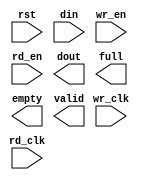
module WR_FLASH_PRE_FIFO(
  rst,
  wr_clk,
  rd_clk,
  din,
  wr_en,
  rd_en,
  dout,
  full,
  empty,
  valid
);

input rst;
input wr_clk;
input rd_clk;
input [255 : 0] din;
input wr_en;
input rd_en;
output [63 : 0] dout;
output full;
output empty;
output valid;

// synthesis translate_off

  FIFO_GENERATOR_V8_4 #(
    .C_ADD_NGC_CONSTRAINT(0),
    .C_APPLICATION_TYPE_AXIS(0),
    .C_APPLICATION_TYPE_RACH(0),
    .C_APPLICATION_TYPE_RDCH(0),
    .C_APPLICATION_TYPE_WACH(0),
    .C_APPLICATION_TYPE_WDCH(0),
    .C_APPLICATION_TYPE_WRCH(0),
    .C_AXI_ADDR_WIDTH(32),
    .C_AXI_ARUSER_WIDTH(1),
    .C_AXI_AWUSER_WIDTH(1),
    .C_AXI_BUSER_WIDTH(1),
    .C_AXI_DATA_WIDTH(64),
    .C_AXI_ID_WIDTH(4),
    .C_AXI_RUSER_WIDTH(1),
    .C_AXI_TYPE(0),
    .C_AXI_WUSER_WIDTH(1),
    .C_AXIS_TDATA_WIDTH(64),
    .C_AXIS_TDEST_WIDTH(4),
    .C_AXIS_TID_WIDTH(8),
    .C_AXIS_TKEEP_WIDTH(4),
    .C_AXIS_TSTRB_WIDTH(4),
    .C_AXIS_TUSER_WIDTH(4),
    .C_AXIS_TYPE(0),
    .C_COMMON_CLOCK(0),
    .C_COUNT_TYPE(0),
    .C_DATA_COUNT_WIDTH(7),
    .C_DEFAULT_VALUE("BlankString"),
    .C_DIN_WIDTH(256),
    .C_DIN_WIDTH_AXIS(1),
    .C_DIN_WIDTH_RACH(32),
    .C_DIN_WIDTH_RDCH(64),
    .C_DIN_WIDTH_WACH(32),
    .C_DIN_WIDTH_WDCH(64),
    .C_DIN_WIDTH_WRCH(2),
    .C_DOUT_RST_VAL("0"),
    .C_DOUT_WIDTH(64),
    .C_ENABLE_RLOCS(0),
    .C_ENABLE_RST_SYNC(1),
    .C_ERROR_INJECTION_TYPE(0),
    .C_ERROR_INJECTION_TYPE_AXIS(0),
    .C_ERROR_INJECTION_TYPE_RACH(0),
    .C_ERROR_INJECTION_TYPE_RDCH(0),
    .C_ERROR_INJECTION_TYPE_WACH(0),
    .C_ERROR_INJECTION_TYPE_WDCH(0),
    .C_ERROR_INJECTION_TYPE_WRCH(0),
    .C_FAMILY("virtex6"),
    .C_FULL_FLAGS_RST_VAL(1),
    .C_HAS_ALMOST_EMPTY(0),
    .C_HAS_ALMOST_FULL(0),
    .C_HAS_AXI_ARUSER(0),
    .C_HAS_AXI_AWUSER(0),
    .C_HAS_AXI_BUSER(0),
    .C_HAS_AXI_RD_CHANNEL(0),
    .C_HAS_AXI_RUSER(0),
    .C_HAS_AXI_WR_CHANNEL(0),
    .C_HAS_AXI_WUSER(0),
    .C_HAS_AXIS_TDATA(0),
    .C_HAS_AXIS_TDEST(0),
    .C_HAS_AXIS_TID(0),
    .C_HAS_AXIS_TKEEP(0),
    .C_HAS_AXIS_TLAST(0),
    .C_HAS_AXIS_TREADY(1),
    .C_HAS_AXIS_TSTRB(0),
    .C_HAS_AXIS_TUSER(0),
    .C_HAS_BACKUP(0),
    .C_HAS_DATA_COUNT(0),
    .C_HAS_DATA_COUNTS_AXIS(0),
    .C_HAS_DATA_COUNTS_RACH(0),
    .C_HAS_DATA_COUNTS_RDCH(0),
    .C_HAS_DATA_COUNTS_WACH(0),
    .C_HAS_DATA_COUNTS_WDCH(0),
    .C_HAS_DATA_COUNTS_WRCH(0),
    .C_HAS_INT_CLK(0),
    .C_HAS_MASTER_CE(0),
    .C_HAS_MEMINIT_FILE(0),
    .C_HAS_OVERFLOW(0),
    .C_HAS_PROG_FLAGS_AXIS(0),
    .C_HAS_PROG_FLAGS_RACH(0),
    .C_HAS_PROG_FLAGS_RDCH(0),
    .C_HAS_PROG_FLAGS_WACH(0),
    .C_HAS_PROG_FLAGS_WDCH(0),
    .C_HAS_PROG_FLAGS_WRCH(0),
    .C_HAS_RD_DATA_COUNT(0),
    .C_HAS_RD_RST(0),
    .C_HAS_RST(1),
    .C_HAS_SLAVE_CE(0),
    .C_HAS_SRST(0),
    .C_HAS_UNDERFLOW(0),
    .C_HAS_VALID(1),
    .C_HAS_WR_ACK(0),
    .C_HAS_WR_DATA_COUNT(0),
    .C_HAS_WR_RST(0),
    .C_IMPLEMENTATION_TYPE(2),
    .C_IMPLEMENTATION_TYPE_AXIS(1),
    .C_IMPLEMENTATION_TYPE_RACH(1),
    .C_IMPLEMENTATION_TYPE_RDCH(1),
    .C_IMPLEMENTATION_TYPE_WACH(1),
    .C_IMPLEMENTATION_TYPE_WDCH(1),
    .C_IMPLEMENTATION_TYPE_WRCH(1),
    .C_INIT_WR_PNTR_VAL(0),
    .C_INTERFACE_TYPE(0),
    .C_MEMORY_TYPE(1),
    .C_MIF_FILE_NAME("BlankString"),
    .C_MSGON_VAL(1),
    .C_OPTIMIZATION_MODE(0),
    .C_OVERFLOW_LOW(0),
    .C_PRELOAD_LATENCY(0),
    .C_PRELOAD_REGS(1),
    .C_PRIM_FIFO_TYPE("512x72"),
    .C_PROG_EMPTY_THRESH_ASSERT_VAL(4),
    .C_PROG_EMPTY_THRESH_ASSERT_VAL_AXIS(1022),
    .C_PROG_EMPTY_THRESH_ASSERT_VAL_RACH(1022),
    .C_PROG_EMPTY_THRESH_ASSERT_VAL_RDCH(1022),
    .C_PROG_EMPTY_THRESH_ASSERT_VAL_WACH(1022),
    .C_PROG_EMPTY_THRESH_ASSERT_VAL_WDCH(1022),
    .C_PROG_EMPTY_THRESH_ASSERT_VAL_WRCH(1022),
    .C_PROG_EMPTY_THRESH_NEGATE_VAL(5),
    .C_PROG_EMPTY_TYPE(0),
    .C_PROG_EMPTY_TYPE_AXIS(5),
    .C_PROG_EMPTY_TYPE_RACH(5),
    .C_PROG_EMPTY_TYPE_RDCH(5),
    .C_PROG_EMPTY_TYPE_WACH(5),
    .C_PROG_EMPTY_TYPE_WDCH(5),
    .C_PROG_EMPTY_TYPE_WRCH(5),
    .C_PROG_FULL_THRESH_ASSERT_VAL(125),
    .C_PROG_FULL_THRESH_ASSERT_VAL_AXIS(1023),
    .C_PROG_FULL_THRESH_ASSERT_VAL_RACH(1023),
    .C_PROG_FULL_THRESH_ASSERT_VAL_RDCH(1023),
    .C_PROG_FULL_THRESH_ASSERT_VAL_WACH(1023),
    .C_PROG_FULL_THRESH_ASSERT_VAL_WDCH(1023),
    .C_PROG_FULL_THRESH_ASSERT_VAL_WRCH(1023),
    .C_PROG_FULL_THRESH_NEGATE_VAL(124),
    .C_PROG_FULL_TYPE(0),
    .C_PROG_FULL_TYPE_AXIS(5),
    .C_PROG_FULL_TYPE_RACH(5),
    .C_PROG_FULL_TYPE_RDCH(5),
    .C_PROG_FULL_TYPE_WACH(5),
    .C_PROG_FULL_TYPE_WDCH(5),
    .C_PROG_FULL_TYPE_WRCH(5),
    .C_RACH_TYPE(0),
    .C_RD_DATA_COUNT_WIDTH(9),
    .C_RD_DEPTH(512),
    .C_RD_FREQ(1),
    .C_RD_PNTR_WIDTH(9),
    .C_RDCH_TYPE(0),
    .C_REG_SLICE_MODE_AXIS(0),
    .C_REG_SLICE_MODE_RACH(0),
    .C_REG_SLICE_MODE_RDCH(0),
    .C_REG_SLICE_MODE_WACH(0),
    .C_REG_SLICE_MODE_WDCH(0),
    .C_REG_SLICE_MODE_WRCH(0),
    .C_SYNCHRONIZER_STAGE(2),
    .C_UNDERFLOW_LOW(0),
    .C_USE_COMMON_OVERFLOW(0),
    .C_USE_COMMON_UNDERFLOW(0),
    .C_USE_DEFAULT_SETTINGS(0),
    .C_USE_DOUT_RST(1),
    .C_USE_ECC(0),
    .C_USE_ECC_AXIS(0),
    .C_USE_ECC_RACH(0),
    .C_USE_ECC_RDCH(0),
    .C_USE_ECC_WACH(0),
    .C_USE_ECC_WDCH(0),
    .C_USE_ECC_WRCH(0),
    .C_USE_EMBEDDED_REG(0),
    .C_USE_FIFO16_FLAGS(0),
    .C_USE_FWFT_DATA_COUNT(0),
    .C_VALID_LOW(0),
    .C_WACH_TYPE(0),
    .C_WDCH_TYPE(0),
    .C_WR_ACK_LOW(0),
    .C_WR_DATA_COUNT_WIDTH(7),
    .C_WR_DEPTH(128),
    .C_WR_DEPTH_AXIS(1024),
    .C_WR_DEPTH_RACH(16),
    .C_WR_DEPTH_RDCH(1024),
    .C_WR_DEPTH_WACH(16),
    .C_WR_DEPTH_WDCH(1024),
    .C_WR_DEPTH_WRCH(16),
    .C_WR_FREQ(1),
    .C_WR_PNTR_WIDTH(7),
    .C_WR_PNTR_WIDTH_AXIS(10),
    .C_WR_PNTR_WIDTH_RACH(4),
    .C_WR_PNTR_WIDTH_RDCH(10),
    .C_WR_PNTR_WIDTH_WACH(4),
    .C_WR_PNTR_WIDTH_WDCH(10),
    .C_WR_PNTR_WIDTH_WRCH(4),
    .C_WR_RESPONSE_LATENCY(1),
    .C_WRCH_TYPE(0)
  )
  inst (
    .RST(rst),
    .WR_CLK(wr_clk),
    .RD_CLK(rd_clk),
    .DIN(din),
    .WR_EN(wr_en),
    .RD_EN(rd_en),
    .DOUT(dout),
    .FULL(full),
    .EMPTY(empty),
    .VALID(valid),
    .BACKUP(),
    .BACKUP_MARKER(),
    .CLK(),
    .SRST(),
    .WR_RST(),
    .RD_RST(),
    .PROG_EMPTY_THRESH(),
    .PROG_EMPTY_THRESH_ASSERT(),
    .PROG_EMPTY_THRESH_NEGATE(),
    .PROG_FULL_THRESH(),
    .PROG_FULL_THRESH_ASSERT(),
    .PROG_FULL_THRESH_NEGATE(),
    .INT_CLK(),
    .INJECTDBITERR(),
    .INJECTSBITERR(),
    .ALMOST_FULL(),
    .WR_ACK(),
    .OVERFLOW(),
    .ALMOST_EMPTY(),
    .UNDERFLOW(),
    .DATA_COUNT(),
    .RD_DATA_COUNT(),
    .WR_DATA_COUNT(),
    .PROG_FULL(),
    .PROG_EMPTY(),
    .SBITERR(),
    .DBITERR(),
    .M_ACLK(),
    .S_ACLK(),
    .S_ARESETN(),
    .M_ACLK_EN(),
    .S_ACLK_EN(),
    .S_AXI_AWID(),
    .S_AXI_AWADDR(),
    .S_AXI_AWLEN(),
    .S_AXI_AWSIZE(),
    .S_AXI_AWBURST(),
    .S_AXI_AWLOCK(),
    .S_AXI_AWCACHE(),
    .S_AXI_AWPROT(),
    .S_AXI_AWQOS(),
    .S_AXI_AWREGION(),
    .S_AXI_AWUSER(),
    .S_AXI_AWVALID(),
    .S_AXI_AWREADY(),
    .S_AXI_WID(),
    .S_AXI_WDATA(),
    .S_AXI_WSTRB(),
    .S_AXI_WLAST(),
    .S_AXI_WUSER(),
    .S_AXI_WVALID(),
    .S_AXI_WREADY(),
    .S_AXI_BID(),
    .S_AXI_BRESP(),
    .S_AXI_BUSER(),
    .S_AXI_BVALID(),
    .S_AXI_BREADY(),
    .M_AXI_AWID(),
    .M_AXI_AWADDR(),
    .M_AXI_AWLEN(),
    .M_AXI_AWSIZE(),
    .M_AXI_AWBURST(),
    .M_AXI_AWLOCK(),
    .M_AXI_AWCACHE(),
    .M_AXI_AWPROT(),
    .M_AXI_AWQOS(),
    .M_AXI_AWREGION(),
    .M_AXI_AWUSER(),
    .M_AXI_AWVALID(),
    .M_AXI_AWREADY(),
    .M_AXI_WID(),
    .M_AXI_WDATA(),
    .M_AXI_WSTRB(),
    .M_AXI_WLAST(),
    .M_AXI_WUSER(),
    .M_AXI_WVALID(),
    .M_AXI_WREADY(),
    .M_AXI_BID(),
    .M_AXI_BRESP(),
    .M_AXI_BUSER(),
    .M_AXI_BVALID(),
    .M_AXI_BREADY(),
    .S_AXI_ARID(),
    .S_AXI_ARADDR(),
    .S_AXI_ARLEN(),
    .S_AXI_ARSIZE(),
    .S_AXI_ARBURST(),
    .S_AXI_ARLOCK(),
    .S_AXI_ARCACHE(),
    .S_AXI_ARPROT(),
    .S_AXI_ARQOS(),
    .S_AXI_ARREGION(),
    .S_AXI_ARUSER(),
    .S_AXI_ARVALID(),
    .S_AXI_ARREADY(),
    .S_AXI_RID(),
    .S_AXI_RDATA(),
    .S_AXI_RRESP(),
    .S_AXI_RLAST(),
    .S_AXI_RUSER(),
    .S_AXI_RVALID(),
    .S_AXI_RREADY(),
    .M_AXI_ARID(),
    .M_AXI_ARADDR(),
    .M_AXI_ARLEN(),
    .M_AXI_ARSIZE(),
    .M_AXI_ARBURST(),
    .M_AXI_ARLOCK(),
    .M_AXI_ARCACHE(),
    .M_AXI_ARPROT(),
    .M_AXI_ARQOS(),
    .M_AXI_ARREGION(),
    .M_AXI_ARUSER(),
    .M_AXI_ARVALID(),
    .M_AXI_ARREADY(),
    .M_AXI_RID(),
    .M_AXI_RDATA(),
    .M_AXI_RRESP(),
    .M_AXI_RLAST(),
    .M_AXI_RUSER(),
    .M_AXI_RVALID(),
    .M_AXI_RREADY(),
    .S_AXIS_TVALID(),
    .S_AXIS_TREADY(),
    .S_AXIS_TDATA(),
    .S_AXIS_TSTRB(),
    .S_AXIS_TKEEP(),
    .S_AXIS_TLAST(),
    .S_AXIS_TID(),
    .S_AXIS_TDEST(),
    .S_AXIS_TUSER(),
    .M_AXIS_TVALID(),
    .M_AXIS_TREADY(),
    .M_AXIS_TDATA(),
    .M_AXIS_TSTRB(),
    .M_AXIS_TKEEP(),
    .M_AXIS_TLAST(),
    .M_AXIS_TID(),
    .M_AXIS_TDEST(),
    .M_AXIS_TUSER(),
    .AXI_AW_INJECTSBITERR(),
    .AXI_AW_INJECTDBITERR(),
    .AXI_AW_PROG_FULL_THRESH(),
    .AXI_AW_PROG_EMPTY_THRESH(),
    .AXI_AW_DATA_COUNT(),
    .AXI_AW_WR_DATA_COUNT(),
    .AXI_AW_RD_DATA_COUNT(),
    .AXI_AW_SBITERR(),
    .AXI_AW_DBITERR(),
    .AXI_AW_OVERFLOW(),
    .AXI_AW_UNDERFLOW(),
    .AXI_W_INJECTSBITERR(),
    .AXI_W_INJECTDBITERR(),
    .AXI_W_PROG_FULL_THRESH(),
    .AXI_W_PROG_EMPTY_THRESH(),
    .AXI_W_DATA_COUNT(),
    .AXI_W_WR_DATA_COUNT(),
    .AXI_W_RD_DATA_COUNT(),
    .AXI_W_SBITERR(),
    .AXI_W_DBITERR(),
    .AXI_W_OVERFLOW(),
    .AXI_W_UNDERFLOW(),
    .AXI_B_INJECTSBITERR(),
    .AXI_B_INJECTDBITERR(),
    .AXI_B_PROG_FULL_THRESH(),
    .AXI_B_PROG_EMPTY_THRESH(),
    .AXI_B_DATA_COUNT(),
    .AXI_B_WR_DATA_COUNT(),
    .AXI_B_RD_DATA_COUNT(),
    .AXI_B_SBITERR(),
    .AXI_B_DBITERR(),
    .AXI_B_OVERFLOW(),
    .AXI_B_UNDERFLOW(),
    .AXI_AR_INJECTSBITERR(),
    .AXI_AR_INJECTDBITERR(),
    .AXI_AR_PROG_FULL_THRESH(),
    .AXI_AR_PROG_EMPTY_THRESH(),
    .AXI_AR_DATA_COUNT(),
    .AXI_AR_WR_DATA_COUNT(),
    .AXI_AR_RD_DATA_COUNT(),
    .AXI_AR_SBITERR(),
    .AXI_AR_DBITERR(),
    .AXI_AR_OVERFLOW(),
    .AXI_AR_UNDERFLOW(),
    .AXI_R_INJECTSBITERR(),
    .AXI_R_INJECTDBITERR(),
    .AXI_R_PROG_FULL_THRESH(),
    .AXI_R_PROG_EMPTY_THRESH(),
    .AXI_R_DATA_COUNT(),
    .AXI_R_WR_DATA_COUNT(),
    .AXI_R_RD_DATA_COUNT(),
    .AXI_R_SBITERR(),
    .AXI_R_DBITERR(),
    .AXI_R_OVERFLOW(),
    .AXI_R_UNDERFLOW(),
    .AXIS_INJECTSBITERR(),
    .AXIS_INJECTDBITERR(),
    .AXIS_PROG_FULL_THRESH(),
    .AXIS_PROG_EMPTY_THRESH(),
    .AXIS_DATA_COUNT(),
    .AXIS_WR_DATA_COUNT(),
    .AXIS_RD_DATA_COUNT(),
    .AXIS_SBITERR(),
    .AXIS_DBITERR(),
    .AXIS_OVERFLOW(),
    .AXIS_UNDERFLOW()
  );

// synthesis translate_on

endmodule